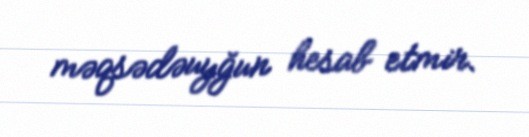
məqsədəuyğun hesab etmir.